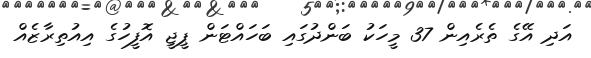
އަދި އޭގެ ތެރެއިން 37 މީހަކު ބަންދުގައި ބަހައްޓަން ޕީޖީ އޮފީހުގެ އިއުތިރާޒެއް